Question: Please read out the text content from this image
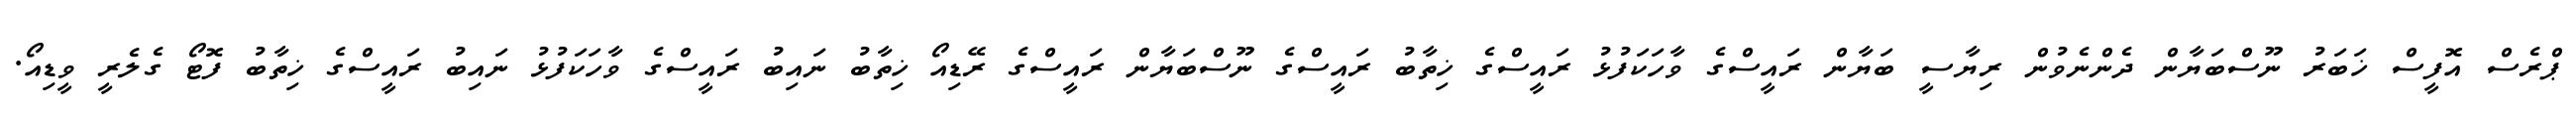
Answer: ޕްރެސް އޮފީސް ޚަބަރު ނޫސްބަޔާން ދެންނެވުން ރިޔާސީ ބަޔާން ރައީސްގެ ވާހަކަފުޅު ރައީސްގެ ޚިތާބު ރައީސްގެ ނޫސްބަޔާން ރައީސްގެ ރޭޑިއޯ ޚިތާބު ނައިބު ރައީސްގެ ވާހަކަފުޅު ނައިބު ރައީސްގެ ޚިތާބު ފޮޓޯ ގެލެރީ ވީޑިއޯ.